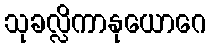
သုခလ္လိကာနုယောဂေ